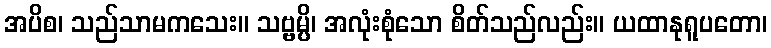
အပိစ၊ သည်သာမကသေး။ သဗ္ဗမ္ပိ၊ အလုံးစုံသော စိတ်သည်လည်း။ ယထာနုရူပတော၊